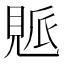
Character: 𧡒